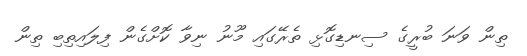
ތިން ވަނަ ބުރީގެ ސިނޑިގޮޅި ތެރޭގައި މޫނު ނިވާ ކޮށްގެން ފިލައިތިބި ތިން